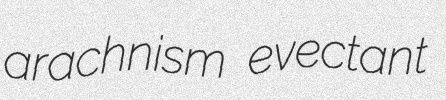
arachnism evectant